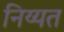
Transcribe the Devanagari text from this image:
निय्यत